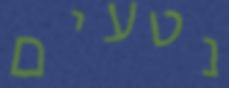
נטעים